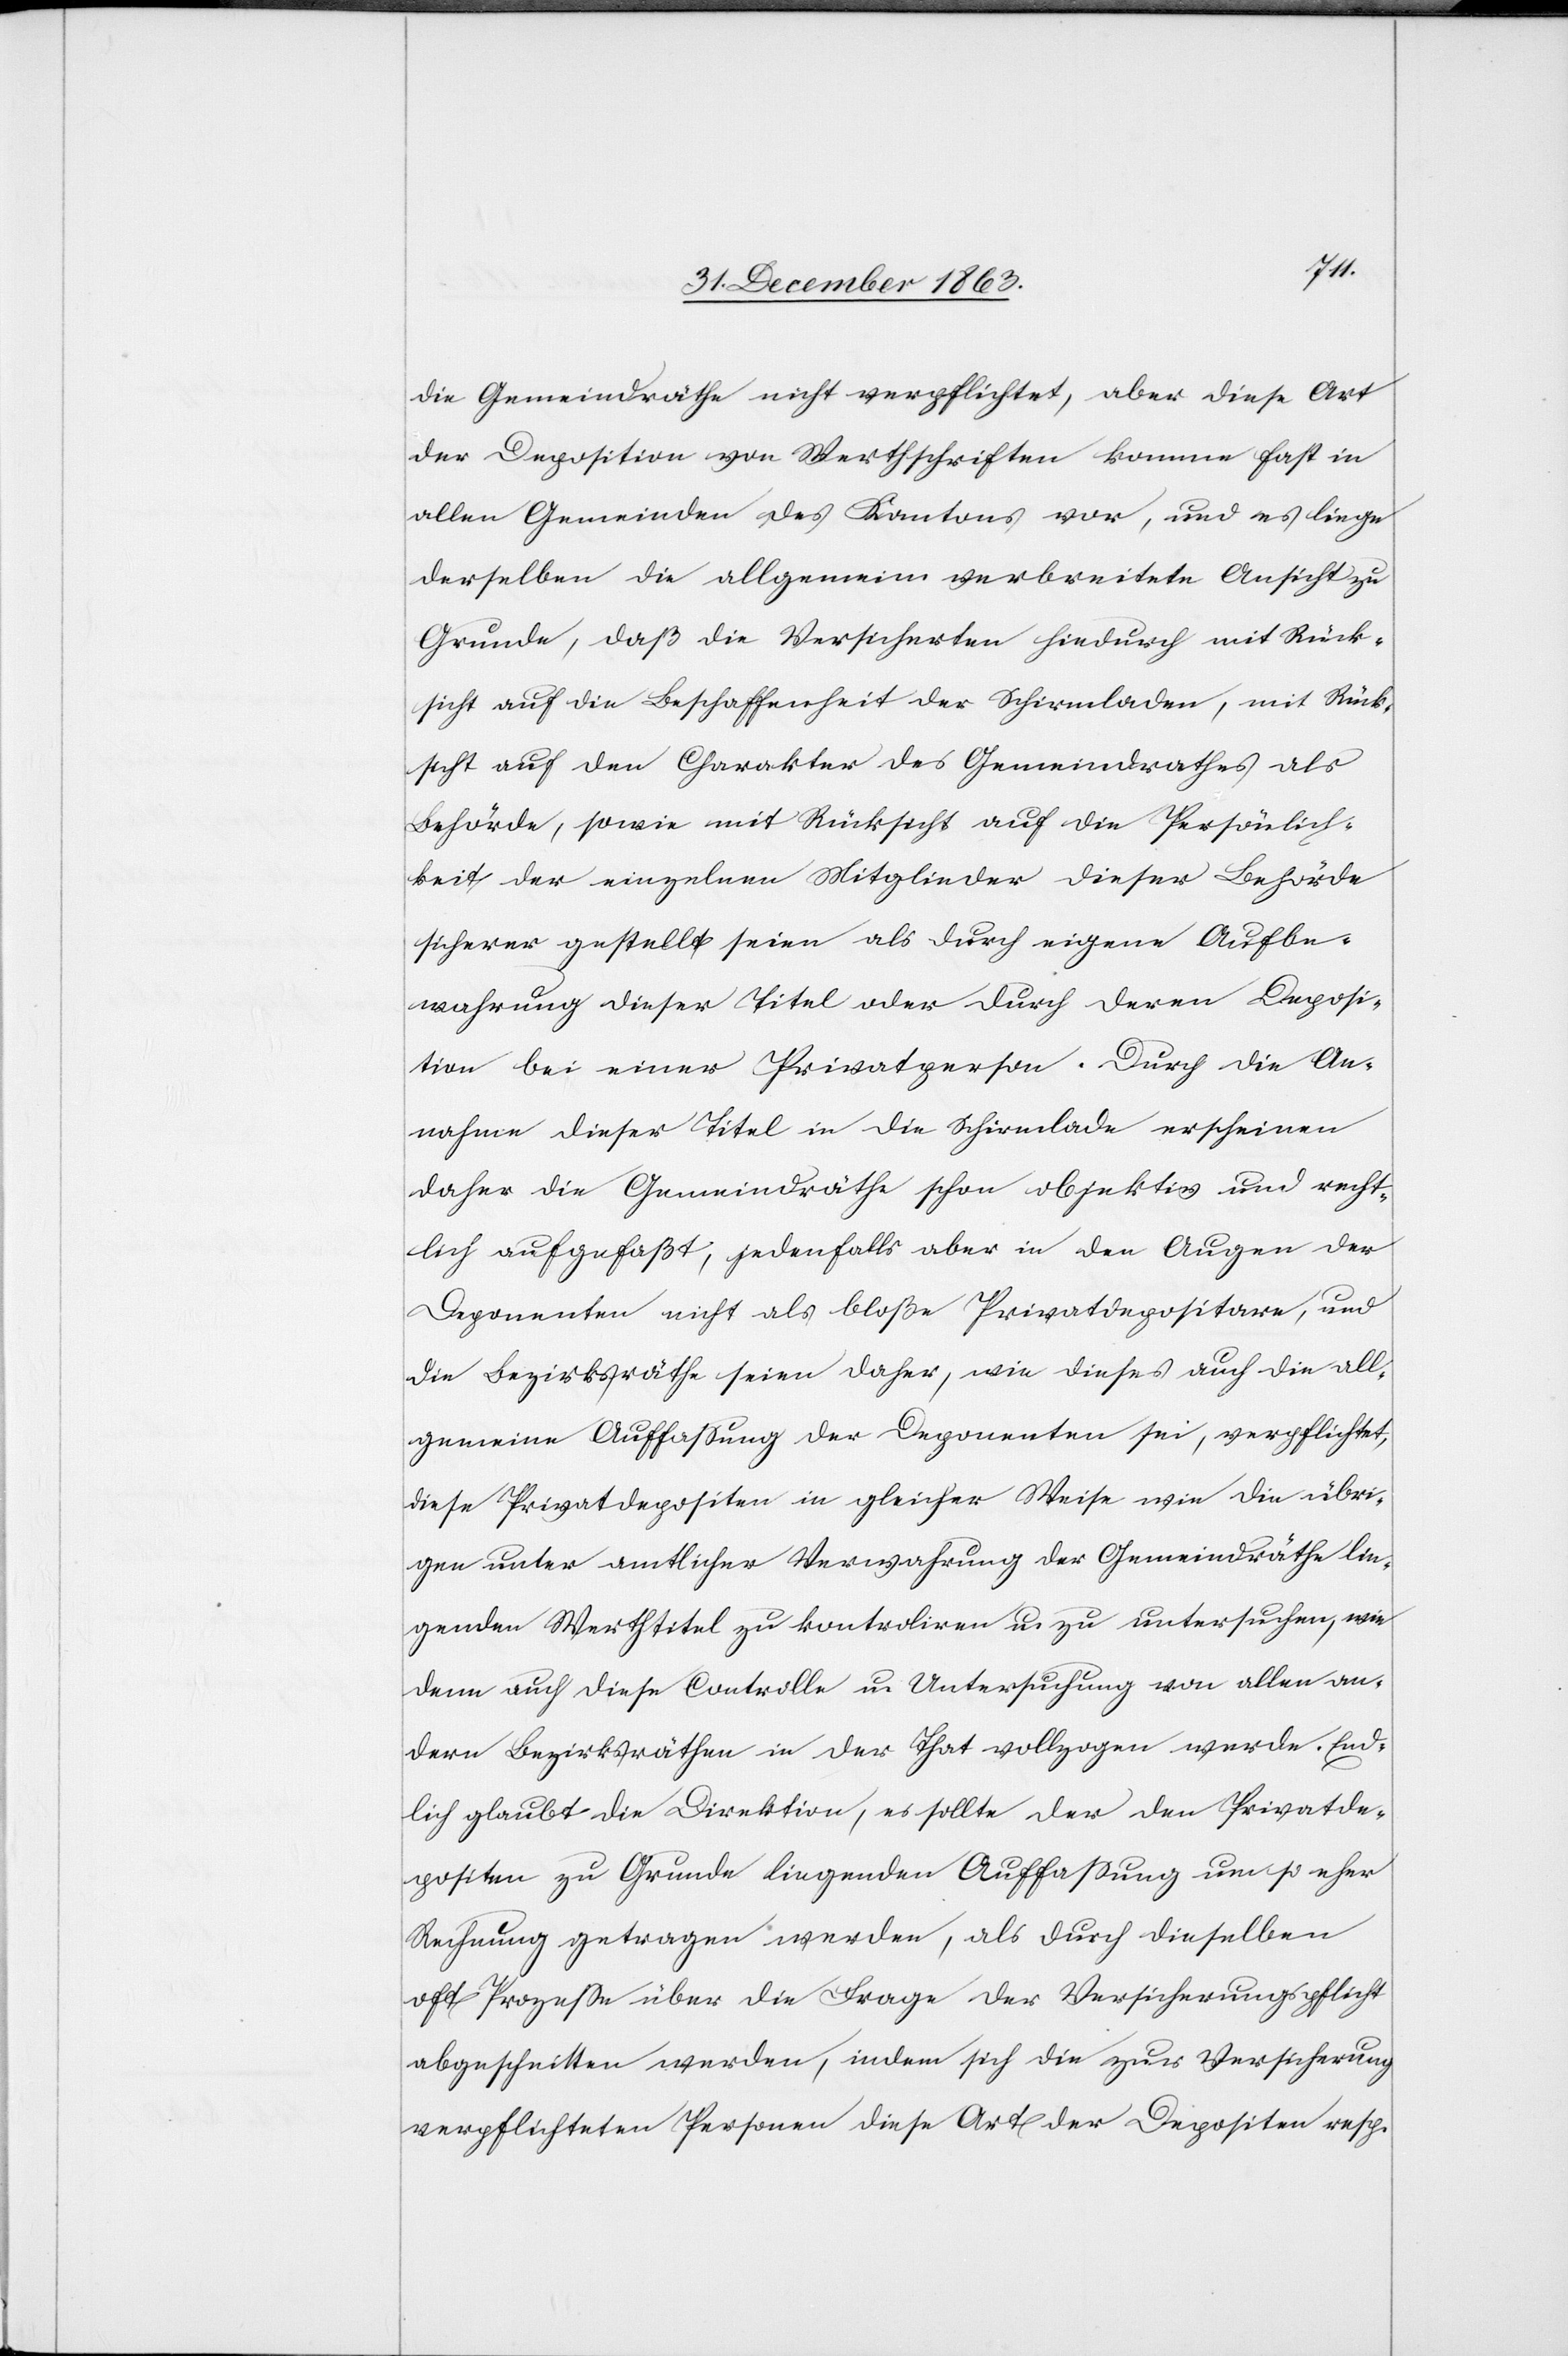
die Gemeindräthe nicht verpflichtet, aber diese Art
der Deposition von Werthschriften komme fast in
allen Gemeinden des Kantons vor, und es liege
derselben die allgemein verbreitete Ansicht zu
Grunde, daß die Versicherten hiedurch mit Rück¬
sicht auf die Beschaffenheit der Schirmladen, mit Rück¬
sicht auf den Charakter des Gemeindrathes als
Behörde, sowie mit Rücksicht auf die Persönlich¬
keit der einzelnen Mitglieder dieser Behörde
sicherer gestellt seien als durch eigene Aufbe¬
wahrung dieser Titel oder durch deren Deposi¬
tion bei einer Privatperson. Durch die An¬
nahme dieser Titel in die Schirmlade erscheinen
daher die Gemeindräthe schon objektiv und recht¬
lich aufgefaßt, jedenfalls aber in den Augen der
Deponenten nicht als bloße Privatdepositore, und
die Bezirksräthe seien daher, wie dieses auch die all¬
gemeine Auffassung der Deponenten sei, verpflichtet,
diese Privatdepositen in gleicher Weise wie die übri¬
gen unter amtlicher Verwahrung der Gemeindräthe lie¬
genden Werthtitel zu kontroliren u. zu untersuchen, wie
denn auch diese Controlle u. Untersuchung von allen an¬
dern Bezirksräthen in der That vollzogen werde. End¬
lich glaubt die Direktion, es sollte der den Privatde¬
positen zu Grunde liegenden Auffassung um so eher
Rechnung getragen werden, als durch dieselben
oft Prozesse über die Frage der Versicherungspflicht
abgeschnitten werden, indem sich die zur Versicherung
verpflichteten Personen diese Art der Depositen resp.